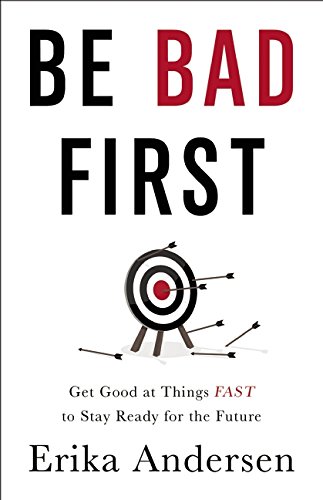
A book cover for Be Bad First: Get Good at Things Fast to Stay Ready for the Future; Erika Andersen; Business & Money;